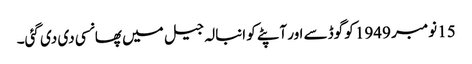
15 نومبر 1949 کو گوڈسے اور آپٹے کو انبالہ جیل میں پھانسی دی دی گئی۔